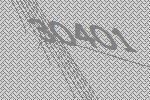
30401